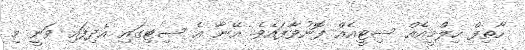
ހާތިފް ހިލްމީއެއް ސިޓީއެއް ފޮނުވާފައެވެ. އޭނާ އެ ސިޓިގައި އެދިފައި ވަނީ މި